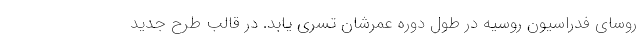
روسای فدراسیون روسیه در طول دوره عمرشان تسری یابد. در قالب طرح جدید